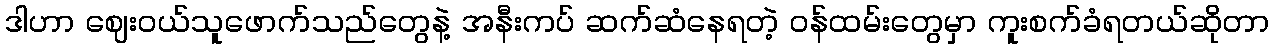
ဒါဟာ ဈေးဝယ်သူဖောက်သည်တွေနဲ့ အနီးကပ် ဆက်ဆံနေရတဲ့ ဝန်ထမ်းတွေမှာ ကူးစက်ခံရတယ်ဆိုတာ